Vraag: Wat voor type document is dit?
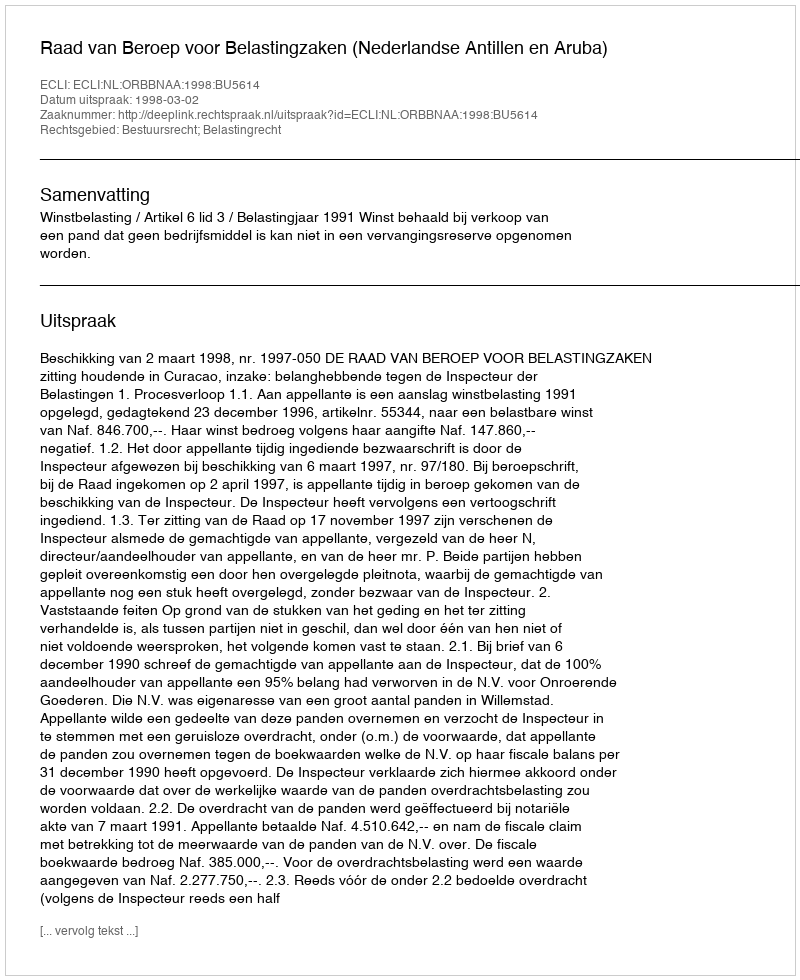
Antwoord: Uitspraak